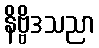
နိဗ္ဗိဒသညာ